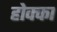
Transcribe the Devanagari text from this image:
होक्का